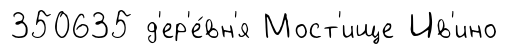
350635 д'ер'е́вн'я Мост'ище Ив'ино